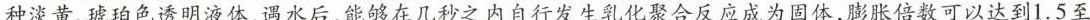
种淡黄、琥珀色透明液体，遇水后，能够在几秒之内自行发生乳化聚合反应成为固体，膨胀倍数可以达到1.5至